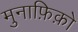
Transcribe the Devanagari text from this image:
मुनाफ़िक़ो